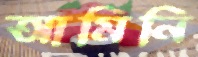
আমিনি